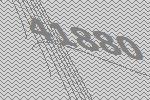
41880